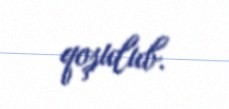
qoşulub.